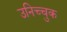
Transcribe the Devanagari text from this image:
उनिच्चुक